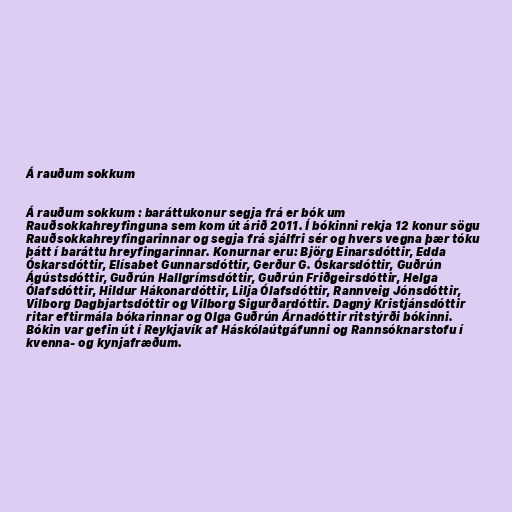
Á rauðum sokkum

Á rauðum sokkum : baráttukonur segja frá er bók um
Rauðsokkahreyfinguna sem kom út árið 2011. Í bókinni rekja 12 konur sögu
Rauðsokkahreyfingarinnar og segja frá sjálfri sér og hvers vegna þær tóku
þátt í baráttu hreyfingarinnar. Konurnar eru: Björg Einarsdóttir, Edda
Óskarsdóttir, Elísabet Gunnarsdóttir, Gerður G. Óskarsdóttir, Guðrún
Ágústsdóttir, Guðrún Hallgrímsdóttir, Guðrún Friðgeirsdóttir, Helga
Ólafsdóttir, Hildur Hákonardóttir, Lilja Ólafsdóttir, Rannveig Jónsdóttir,
Vilborg Dagbjartsdóttir og Vilborg Sigurðardóttir. Dagný Kristjánsdóttir
ritar eftirmála bókarinnar og Olga Guðrún Árnadóttir ritstýrði bókinni.
Bókin var gefin út í Reykjavík af Háskólaútgáfunni og Rannsóknarstofu í
kvenna- og kynjafræðum.